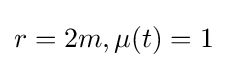
r=2m,\mu (t)=1